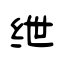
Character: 绁